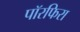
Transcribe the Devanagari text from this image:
पॉरफिरा